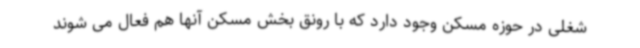
شغلی در حوزه مسکن وجود دارد که با رونق بخش مسکن آنها هم فعال می شوند